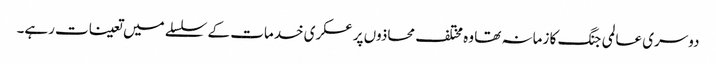
دوسری عالمی جنگ کا زمانہ تھا وہ مختلف محاذوں پر عسکری خدمات کے سلسلے میں تعینات رہے۔